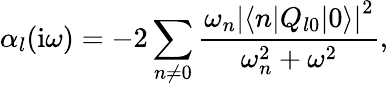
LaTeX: \alpha_{l}(\mathrm{i}\omega)=-2\sum_{n\ne 0}\frac{\omega_{n}\left|\langle n|Q_{l0}|0\rangle\right|^{2}}{\omega_{n}^{2}+\omega^{2}},